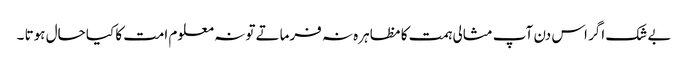
بے شک اگر اس دن آپ مثالی ہمت کا مظاہرہ نہ فرماتے تو نہ معلوم امت کا کیا حال ہوتا ۔